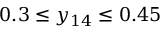
0 . 3 \leq y _ { 1 4 } \leq 0 . 4 5